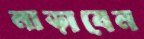
নাড়াবেন